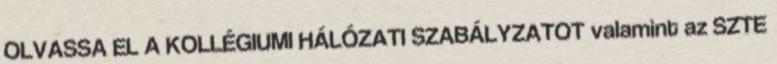
OLVASSA EL A KOLLÉGIUMI HÁLÓZATI SZABÁLYZATOT valamint az SZTE